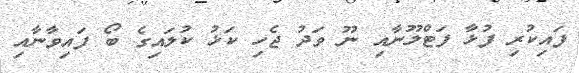
ފައިކުރި ފުޅާ ފަޓްލޫނާއި ނޫ ވަދު ޖެހި ކަޅު ކުލައިގެ ބޯ ފައިވާނާއި